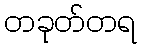
တခုတ်တရ